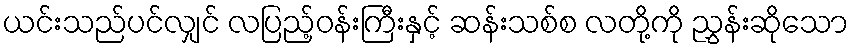
ယင်းသည်ပင်လျှင် လပြည့်ဝန်းကြီးနှင့် ဆန်းသစ်စ လတို့ကို ညွှန်းဆိုသော